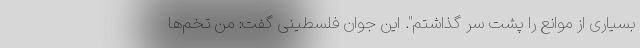
بسیاری از موانع را پشت سر گذاشتم". این جوان فلسطینی گفت: من تخم‌ها